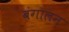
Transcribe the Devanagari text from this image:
बंगालन